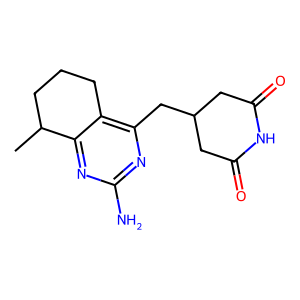
SMILES: CC1CCCc2c(CC3CC(=O)NC(=O)C3)nc(N)nc21
Inhibits HIV replication: No